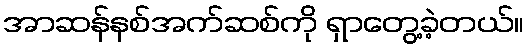
အာဆန်နစ်အက်ဆစ်ကို ရှာတွေ့ခဲ့တယ်။